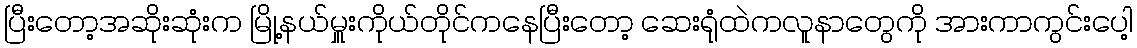
ပြီးတော့အဆိုးဆုံးက မြို့နယ်မှူးကိုယ်တိုင်ကနေပြီးတော့ ဆေးရုံထဲကလူနာတွေကို အားကာကွင်းပေါ့